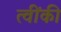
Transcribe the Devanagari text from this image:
त्वींकी